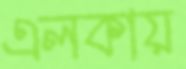
এলকায়